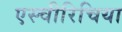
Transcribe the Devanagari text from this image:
एस्चीरिचिया